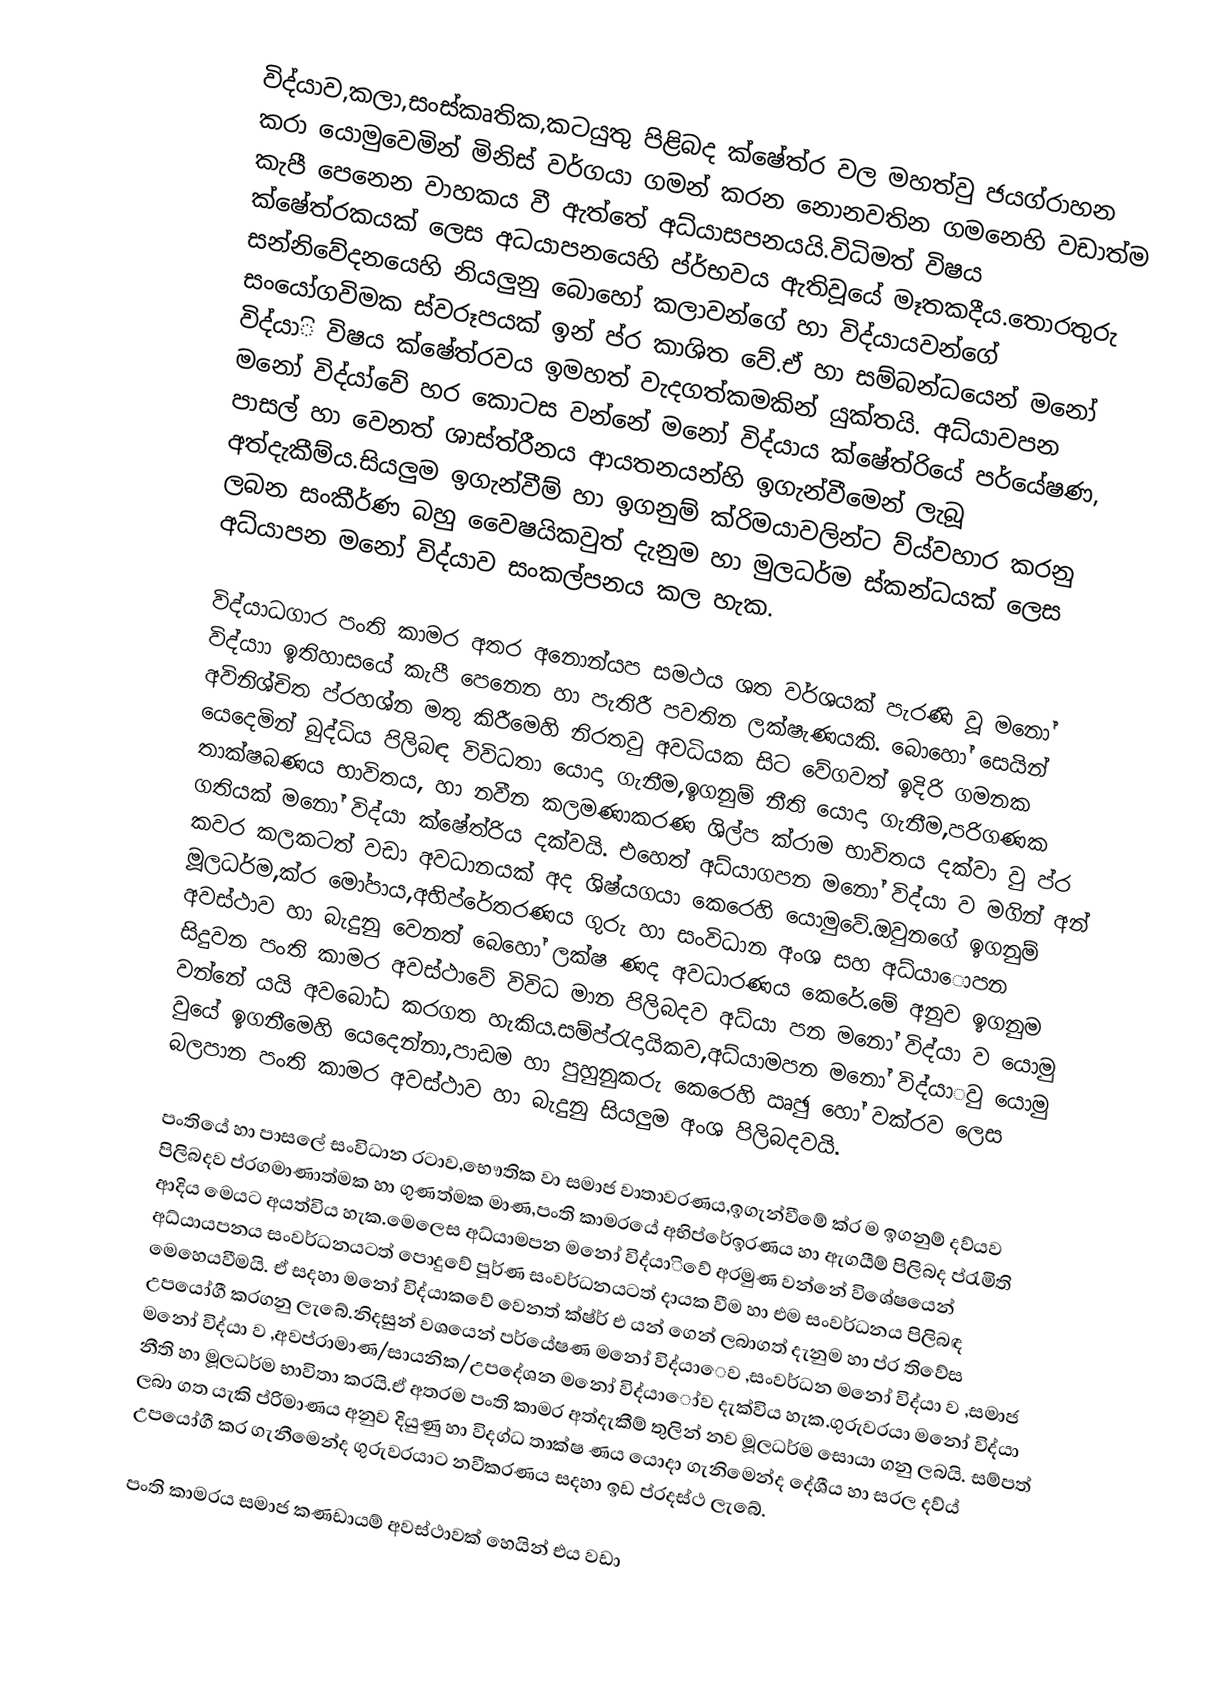
විද්යාව,කලා,සංස්කෘතික,කටයුතු පිළිබද ක්ෂේත්ර වල මහත්වු ජයග්රාහන කරා යොමුවෙමින් මිනිස් වර්ගයා ගමන් කරන නොනවතින ගමනෙහි වඩාත්ම කැපී පෙනෙන වාහකය වී ඇත්තේ අධ්යාසපනයයි.විධිමත් විෂය ක්ෂේත්රකයක් ලෙස අධයාපනයෙහි ප්ර්භවය ඇතිවූයේ මෑතකදීය.තොරතුරු සන්නිවේදනයෙහි නියලුනු බොහෝ කලාවන්ගේ හා විද්යායවන්ගේ සංයෝගවිමක ස්වරූපයක් ඉන් ප්ර කාශිත වේ.ඒ හා සම්බන්ධයෙන් මනෝ විද්යාි විෂය ක්ෂේත්රවය ඉමහත් වැදගත්කමකින් යුක්තයි. අධ්යාවපන මනෝ විද්යා්වේ හර කොටස වන්නේ මනෝ විද්යාය ක්ෂේත්රියේ පර්යේෂණ, පාසල් හා වෙනත් ශාස්ත්රීනය ආයතනයන්හි ඉගැන්වීමෙන් ලැබූ අත්දැකීම්ය.සියලුම ඉගැන්වීම් හා ඉගනුම් ක්රිමයාවලින්ට ව්ය්වහාර කරනු ලබන සංකීර්ණ බහු වෛෂයිකවුත් දැනුම හා මුලධර්ම ස්කන්ධයක් ලෙස අධ්යාපන මනෝ විද්යාව සංකල්පනය කල හැක.

විද්යාධගාර පංති කාමර අතර අනොන්යප සමථය ශත වර්ශයක් පැරණි වූ මනෝ විද්යාා ඉතිහාසයේ කැපී පෙනෙන හා පැතිරී පවතින ලක්ෂැණයකි. බොහෝ සෙයින් අවිනිශ්චිත ප්රහශ්න මතු කිරීමෙහි නිරතවු අවධියක සිට වේගවත් ඉදිරි ගමනක යෙදෙමින් බුද්ධිය පිලිබඳ විවිධතා යොදා ගැනීම,ඉගනුම් නීති යොදා ගැනීම,පරිගණක තාක්ෂබණය භාවිතය, හා නවීන කලමණාකරණ ශිල්ප ක්රාම භාවිතය දක්වා වු ප්ර ගතියක් මනෝ විද්යා ක්ෂේත්රිය දක්වයි. එහෙත් අධ්යාගපන මනෝ විද්යා ව මගින් අන් කවර කලකටත් වඩා අවධානයක් අද ශිෂ්යගයා කෙරෙහි යොමුවේ.ඔවුනගේ ඉගනුම් මූලධර්ම,ක්ර මෝපාය,අභිප්රේතරණය ගුරු හා සංවිධාන අංශ සහ අධ්යාොපන අවස්ථා‍ව හා බැදුනු වෙනත් බෙහෝ ලක්ෂ ණද අවධාරණය කෙරේ.මේ අනුව ඉගනුම සිදුවන පංති කාමර අවස්ථාවේ විවිධ මාන පිලිබදව අධ්යා පන මනෝ විද්යා ව යොමු වන්නේ යයි අව‍බෝධ කරගත හැකිය.සම්ප්රැදායිකව,අධ්යාමපන මනෝ විද්යාුව යොමු වුයේ ඉගනීමෙහි‍ යෙදෙන්නා,පාඩම හා පුහුනුකරු කෙරෙහි ඍඡු හෝ වක්රව ලෙස බලපාන පංති කාමර අවස්ථාව හා බැදුනු සියලුම අංශ පිලිබදවයි.

පංතියේ හා පාසලේ සංවිධාන රටාව,භෞතික වා සමාජ වාතාවරණය,ඉගැන්වීමේ ක්ර ම ඉගනුම් දව්යව පිලිබදව ප්රගමාණාත්මක හා ගුණත්මක මාණ,පංති කාමරයේ අභිප්රේඉරණය හා ඇගයීම් පිලිබද ප්රැමිති ආදිය මෙය‍ට අයත්විය හැක.මෙලෙස අධ්යාමපන මනෝ විද්යාිවේ අරමුණ වන්නේ විශේෂයෙන් අධ්යායපනය සංවර්ධනයටත් පොදුවේ පූර්ණ සංවර්ධනයටත් දායක වීම හා එම සංවර්ධනය පිලිබඳ මෙහෙයවීමයි. ඒ සදහා මනෝ විද්යාකවේ වෙනත් ක්ෂ්ර් එ යන් ගෙන් ලබාගත් දැනුම හා ප්ර තිවේස උපයෝගී කරගනු ලැබේ.නිදසුන් වශයෙන් පර්යේෂණ මනෝ විද්යාෙව ,සංවර්ධන මනෝ විද්යා ව ,සමාජ මනෝ විද්යා ව ,අවප්රාමාණ/සායනික/උප‍දේශන මනෝ විද්යාෝව දැක්විය හැක.ගුරුවරයා මනෝ ‍විද්යා නීති හා මූලධර්ම භාවිතා කරයි.ඒ අතරම පංති කාමර අත්දැකීම් තුලින් නව මූලධර්ම සොයා ගනු ලබයි. සම්පත් ලබා ගත යැකි ප්රිමාණය අනුව දියුණු හා විදග්ධ තාක්ෂ ණය යොදා ගැනිමෙන්ද දේශීය හා සරල දව්ය් උපයෝගී කර ගැනීමෙන්ද ගුරුවරයාට නවීකරණය සදහා ඉඩ ප්රදස්ථ ලැබේ.

පංති කාමරය සමාජ කණඩායම් අවස්ථාවක් හෙයින් එය වඩා